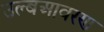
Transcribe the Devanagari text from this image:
उल्बआवरण